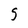
Character: S